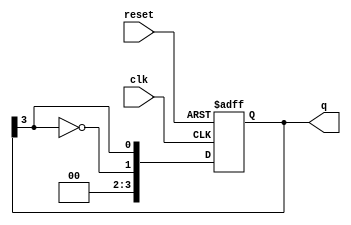
module johnson_counter #(parameter N = 4) (
    input wire clk,        // Clock signal
    input wire reset,      // Asynchronous reset
    output reg [N-1:0] q   // Output of the counter
);

    always @(posedge clk or posedge reset) begin
        if (reset) begin
            q <= {N{1'b0}}; // Initialize all flip-flops to 0
        end else begin
            // Shift the state
            q <= {~q[N-1], q[N-1:N-1]}; // Feedback the inverted last flip-flop
        end
    end
endmodule